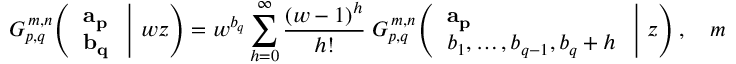
G _ { p , q } ^ { \, m , n } \! \left( \left. { \begin{array} { l } { \mathbf { a _ { p } } } \\ { \mathbf { b _ { q } } } \end{array} } \; \right| \, w z \right) = w ^ { b _ { q } } \sum _ { h = 0 } ^ { \infty } { \frac { ( w - 1 ) ^ { h } } { h ! } } \; G _ { p , q } ^ { \, m , n } \! \left( \left. { \begin{array} { l } { \mathbf { a _ { p } } } \\ { b _ { 1 } , \dots , b _ { q - 1 } , b _ { q } + h } \end{array} } \; \right| \, z \right) , \quad m